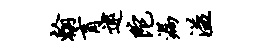
翰肓逮陀漏溢